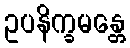
ဥပနိက္ခမန္တေ